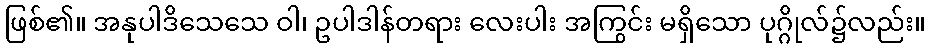
ဖြစ်၏။ အနုပါဒိသေသေ ဝါ၊ ဥပါဒါန်တရား လေးပါး အကြွင်း မရှိသော ပုဂ္ဂိုလ်၌လည်း။